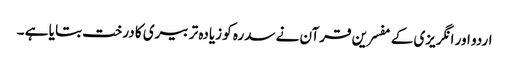
اردو اور انگریزی کے مفسرین قرآن نے سدرہ کو زیادہ تر بیری کا درخت بتا یا ہے ۔